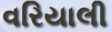
વરિયાલી